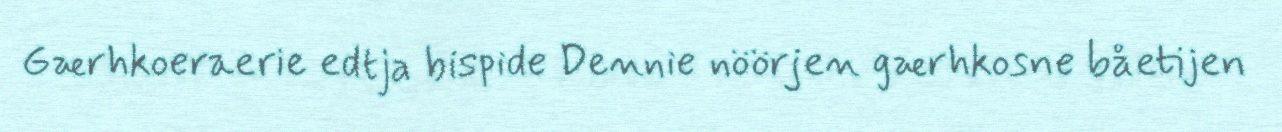
Gærhkoeraerie edtja bispide Dennie nöörjen gærhkosne båetijen